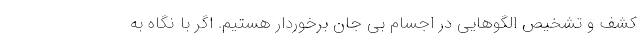
کشف و تشخیص الگوهایی در اجسام بی جان برخوردار هستیم. اگر با نگاه به